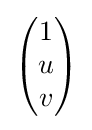
{\begin{pmatrix}1\\u\\v\end{pmatrix}}